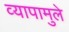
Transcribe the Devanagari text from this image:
व्यापामुले